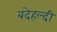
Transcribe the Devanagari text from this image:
बदेहल्दी